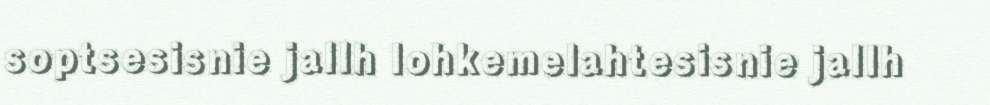
soptsesisnie jallh lohkemelahtesisnie jallh